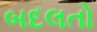
બદલતો